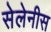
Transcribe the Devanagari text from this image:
सेलेनीस